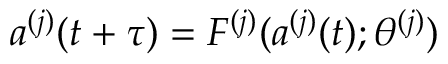
a ^ { ( j ) } ( t + \tau ) = F ^ { ( j ) } ( a ^ { ( j ) } ( t ) ; \theta ^ { ( j ) } )